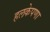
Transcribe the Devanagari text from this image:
हलकेपणा